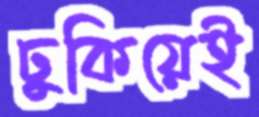
ঢুকিয়েই